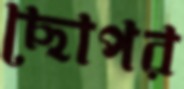
ছোপর